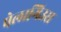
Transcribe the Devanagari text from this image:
पेलागिउस